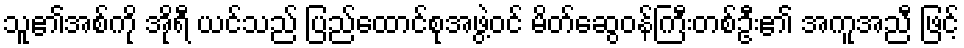
သူ၏အစ်ကို အိုရီ ယင်သည် ပြည်ထောင်စုအဖွဲ့ဝင် မိတ်ဆွေဝန်ကြီးတစ်ဦး၏ အကူအညီ ဖြင့်